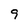
Character: 9